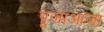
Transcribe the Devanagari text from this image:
पूजाआजा